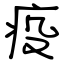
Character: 疫